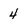
Character: 4